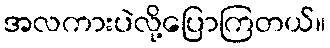
အလကားပဲလို့ပြောကြတယ်။